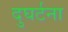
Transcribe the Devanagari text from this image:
दुघर्टना